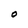
Character: O